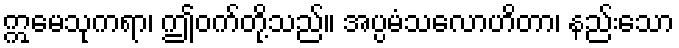
ဣမေသုကရာ၊ ဤဝက်တို့သည်။ အပ္ပမံသလောဟိတာ၊ နည်းသော